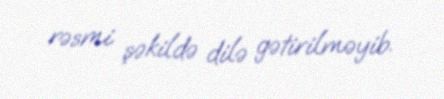
rəsmi şəkildə dilə gətirilməyib.